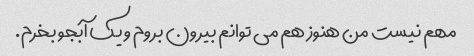
مهم نیست من هنوز هم می توانم بیرون بروم و یک آبجو بخرم.